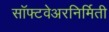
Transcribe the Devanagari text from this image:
सॉफ्टवेअरनिर्मिती